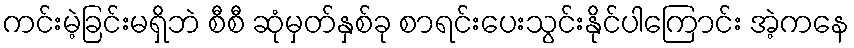
ကင်းမဲ့ခြင်းမရှိဘဲ စီစီ ဆုံမှတ်နှစ်ခု စာရင်းပေးသွင်းနိုင်ပါကြောင်း အဲ့ကနေ